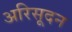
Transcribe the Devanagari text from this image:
अरिसूदन